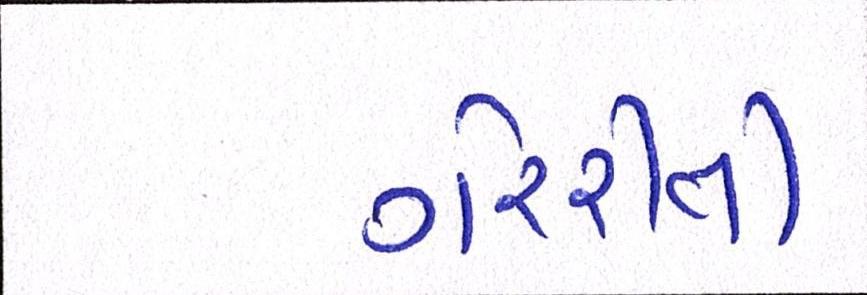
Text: ગેરરીતી